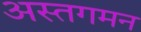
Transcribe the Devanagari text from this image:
अस्तगमन